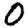
Digit: 0